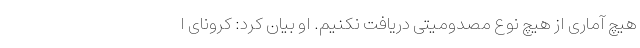
هیچ آماری از هیچ نوع مصدومیتی دریافت نکنیم. او بیان کرد: کرونای ا